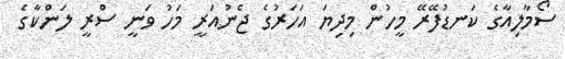
ސޯމާލިއާގެ ކަނޑުފޭރޭ މީހުން މިދިޔަ އަހަރުގެ ޖެނުއަރީ މަހު ވަނީ ސްރީ ލަންކާގެ